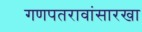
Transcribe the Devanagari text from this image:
गणपतरावांसारखा